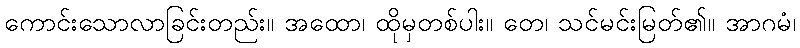
ကောင်းသောလာခြင်းတည်း။ အထော၊ ထိုမှတစ်ပါး။ တေ၊ သင်မင်းမြတ်၏။ အာဂမံ၊